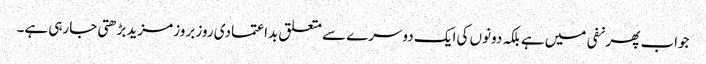
جواب پھر نفی میں ہے بلکہ دونوں کی ایک دوسرے سے متعلق بداعتمادی روز بروز مزیدبڑھتی جارہی ہے۔